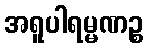
အရူပါရမ္မဏဉ္စ